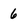
Character: 6